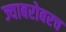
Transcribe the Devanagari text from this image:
ज्याबरोबरच